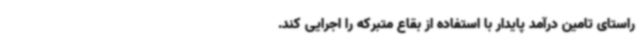
راستای تامین درآمد پایدار با استفاده از بقاع متبرکه را اجرایی کند.